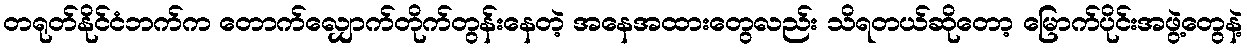
တရုတ်နိုင်ငံဘက်က တောက်လျှောက်တိုက်တွန်းနေတဲ့ အနေအထားတွေလည်း သိရတယ်ဆိုတော့ မြောက်ပိုင်းအဖွဲ့တွေနဲ့